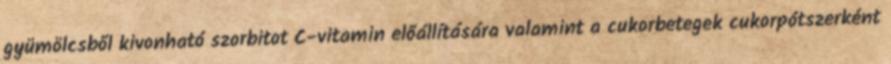
gyümölcsből kivonható szorbitot C-vitamin előállítására valamint a cukorbetegek cukorpótszerként